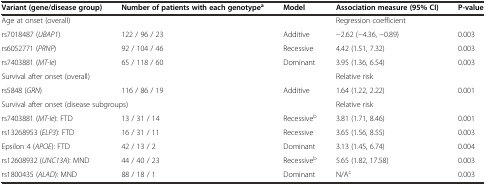
<table><thead><tr><td><b>Variant (gene/disease group)</b></td><td><b>Number of patients with each genotype<sup>a</sup></b></td><td><b>Model</b></td><td><b>Association measure (95% CI)</b></td><td><b>P-value</b></td></tr></thead><tbody><tr><td>Age at onset (overall)</td><td></td><td></td><td>Regression coefficient</td><td></td></tr><tr><td>rs7018487 (<i>UBAP1</i>)</td><td>122 / 96 / 23</td><td>Additive</td><td>−2.62 (−4.36, −0.89)</td><td>0.003</td></tr><tr><td>rs6052771 (<i>PRNP</i>)</td><td>92 / 104 / 46</td><td>Recessive</td><td>4.42 (1.51, 7.32)</td><td>0.003</td></tr><tr><td>rs7403881 (<i>MT-Ie</i>)</td><td>65 / 118 / 60</td><td>Dominant</td><td>3.95 (1.36, 6.54)</td><td>0.003</td></tr><tr><td>Survival after onset (overall)</td><td></td><td></td><td>Relative risk</td><td></td></tr><tr><td>rs5848 (<i>GRN</i>)</td><td>116 / 86 / 19</td><td>Additive</td><td>1.64 (1.22, 2.22)</td><td>0.001</td></tr><tr><td colspan="2">Survival after onset (disease subgroups)</td><td></td><td>Relative risk</td><td></td></tr><tr><td>rs7403881 (<i>MT-Ie</i>): FTD</td><td>13 / 31 / 14</td><td>Recessive<sup>b</sup></td><td>3.81 (1.71, 8.46)</td><td>0.001</td></tr><tr><td>rs13268953 (<i>ELP3</i>): FTD</td><td>16 / 31 / 11</td><td>Recessive</td><td>3.65 (1.56, 8.55)</td><td>0.003</td></tr><tr><td>Epsilon 4 (<i>APOE</i>): FTD</td><td>42 / 13 / 2</td><td>Dominant</td><td>3.13 (1.45, 6.74)</td><td>0.004</td></tr><tr><td>rs12608932 (<i>UNC13A</i>): MND</td><td>44 / 40 / 23</td><td>Recessive<sup>b</sup></td><td>5.65 (1.82, 17.58)</td><td>0.003</td></tr><tr><td>rs1800435 (<i>ALAD</i>): MND</td><td>88 / 18 / 1</td><td>Dominant</td><td>N/A<sup>c</sup></td><td>0.003</td></tr></tbody></table>